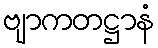
ဗျာကတဋ္ဌာနံ